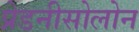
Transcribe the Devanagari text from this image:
प्रेडनीसोलोन